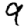
Digit: 9